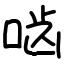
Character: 啮